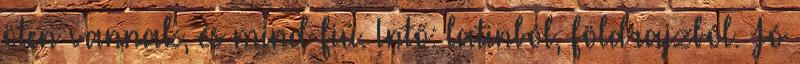
öten vannak, és mind fiú. Intő: latinból, földrajzból. Jó